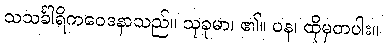
သသင်္ခါရိကဝေဒနာသည်။ သုခုမာ၊ ၏။ ပန၊ ထိုမှတပါး။